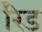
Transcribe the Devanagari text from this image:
रेिड